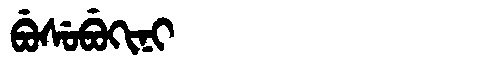
Manchu: ᠪᡠᠰᡠᠪᡠᡴᡳᠨᡳ
Romanization: BUSUBUKINI